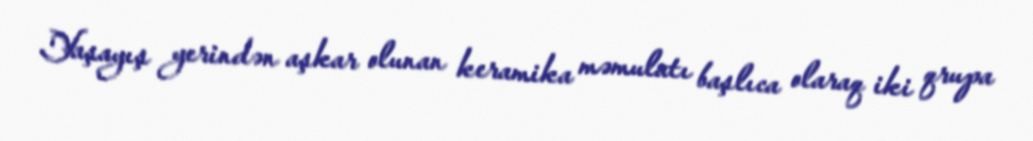
Yaşayış yerindən aşkar olunan keramika məmulatı başlıca olaraq iki qrupa